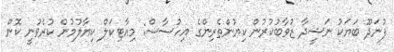
ފުނަދޫ ބަޔަކު ނަޝީދާ ޒުވާބުކުރުން ކިޔުންތެރިންގެ އިހުސާސް: މިއާޓިކަލް ކިޔާލުމުން ކުރެވުނީ ކޮން